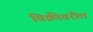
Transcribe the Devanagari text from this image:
विक्रीवरील